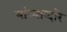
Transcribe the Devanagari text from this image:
यांच्याव्दारे